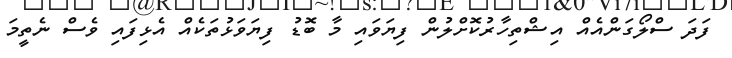
ފަދަ ސްލޯގަންއެއް އިޝްތިހާރުކޮށްލުން ފިޔަވައި މާ ބޮޑު ފިޔަވަޅުތަކެއް އެޅިފައި ވެސް ނެތީމަ